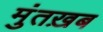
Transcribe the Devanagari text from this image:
मुंतख़ब